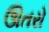
ઊતરો